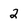
Character: 2